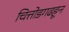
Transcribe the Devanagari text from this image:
चित्तोडगढहून